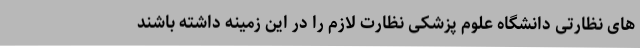
های نظارتی دانشگاه علوم پزشکی نظارت لازم را در این زمینه داشته باشند